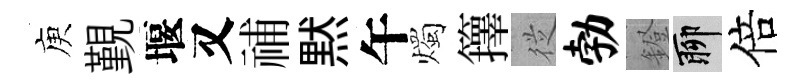
庾覲堰又𥙷黙午燭籜従勃鐙聊倍